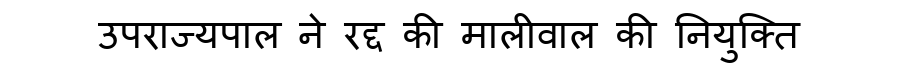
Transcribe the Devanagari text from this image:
उपराज्यपाल ने रद्द की मालीवाल की नियुक्ति